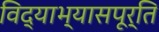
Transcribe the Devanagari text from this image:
विद्याभ्यासपूर्ति